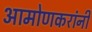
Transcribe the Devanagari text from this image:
आमोणकरांनी